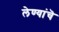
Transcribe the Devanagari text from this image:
लेण्यांचॆ